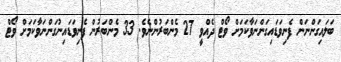
ބަލައިގަންނަން ފެނިވަޑައިގަންނަވާކަމަށް ވޯޓް ދެއްވީ 27 މެންބަރުންނެވެ. 33 މެންބަރުން ފެނިވަޑައިނުގަންނަވާކަމަށް ވޯޓް